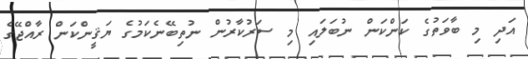
އަދި މި ބާވަތުގެ ކަންކަން ނުބަލައި މި ސަރުކާރުން ނުތިބޭނެކަމުގެ ޔަޤީންކަން ރާއްޖޭގެ